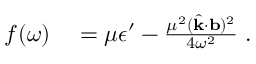
\begin{array} { r l } { f ( \omega ) } & { { } = \mu \epsilon ^ { \prime } - \frac { \mu ^ { 2 } ( \hat { \bf { k } } \cdot { \bf { b } } ) ^ { 2 } } { 4 \omega ^ { 2 } } \; . } \end{array}